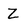
Character: Z